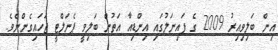
އިން ބަލިވިއިރު 2009 ގެ ފައިނަލުގައި އިންޑިއާ އަތުން ބަލިވީ ޕެނަލްޓީ ޖަހައިގެންނެވެ.